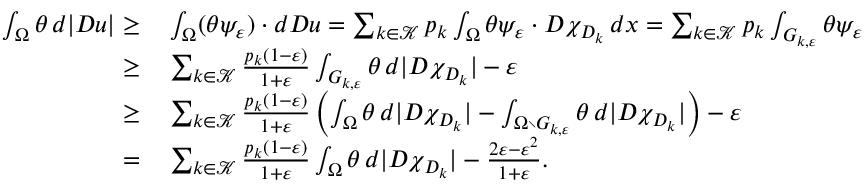
\begin{array} { r l } { \int _ { \Omega } \theta \, d | D u | \geq } & { { } \int _ { \Omega } ( \theta \psi _ { \varepsilon } ) \cdot d D u = \sum _ { k \in \mathcal K } p _ { k } \int _ { \Omega } \theta \psi _ { \varepsilon } \cdot D \chi _ { D _ { k } } \, d x = \sum _ { k \in \mathcal K } p _ { k } \int _ { G _ { k , \varepsilon } } \theta \psi _ { \varepsilon } \cdot D \chi _ { D _ { k } } \, d x - \varepsilon } \\ { \geq } & { { } \sum _ { k \in \mathcal K } \frac { p _ { k } ( 1 - \varepsilon ) } { 1 + \varepsilon } \int _ { G _ { k , \varepsilon } } \theta \, d | D \chi _ { D _ { k } } | - \varepsilon } \\ { \geq } & { { } \sum _ { k \in \mathcal K } \frac { p _ { k } ( 1 - \varepsilon ) } { 1 + \varepsilon } \left( \int _ { \Omega } \theta \, d | D \chi _ { D _ { k } } | - \int _ { \Omega \setminus G _ { k , \varepsilon } } \theta \, d | D \chi _ { D _ { k } } | \right) - \varepsilon } \\ { = } & { { } \sum _ { k \in \mathcal K } \frac { p _ { k } ( 1 - \varepsilon ) } { 1 + \varepsilon } \int _ { \Omega } \theta \, d | D \chi _ { D _ { k } } | - \frac { 2 \varepsilon - \varepsilon ^ { 2 } } { 1 + \varepsilon } . } \end{array}